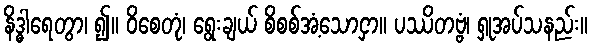
နိဒ္ဓါရေတွာ၊ ၍။ ဝိစေတုံ၊ ရွေးချယ် စိစစ်အံ့သောငှာ။ ပဿိတဗ္ဗံ၊ ရှုအပ်သနည်း။